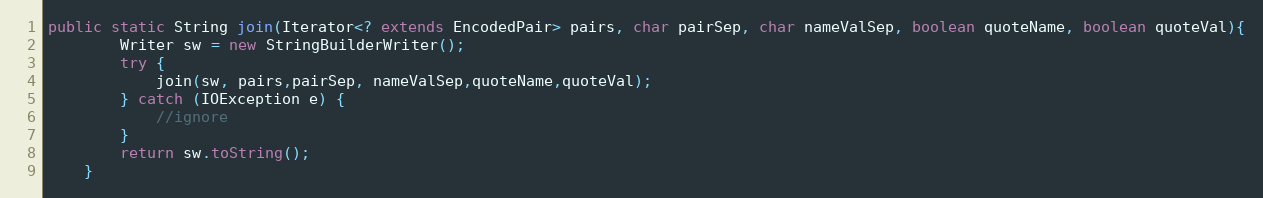
Language: Java
public static String join(Iterator<? extends EncodedPair> pairs, char pairSep, char nameValSep, boolean quoteName, boolean quoteVal){
        Writer sw = new StringBuilderWriter();
        try {
            join(sw, pairs,pairSep, nameValSep,quoteName,quoteVal);
        } catch (IOException e) {
            //ignore
        }
        return sw.toString();
    }